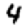
Digit: 4